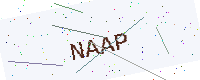
Text: NAAP